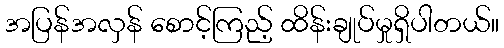
အပြန်အလှန် စောင့်ကြည့် ထိန်းချုပ်မှုရှိပါတယ်။